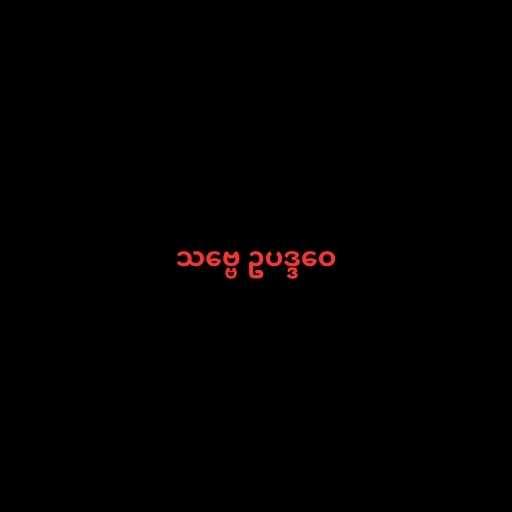
သဗ္ဗေ ဥပဒ္ဒဝေ